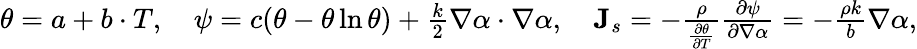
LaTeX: \begin{array}{r}{\theta=a+b\cdot T,\quad\psi=c(\theta-\theta\ln\theta)+\frac{k}{2}\nabla\alpha\cdot\nabla\alpha,\quad\mathbf{J}_{s}=-\frac{\rho}{\frac{\partial\theta}{\partial T}}\frac{\partial\psi}{\partial\nabla\alpha}=-\frac{\rho k}{b}\nabla\alpha,}\end{array}